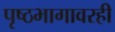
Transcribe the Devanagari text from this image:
पृष्ठभागावरही